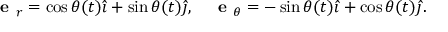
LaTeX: { \textbf { e } } _ { r } = \cos \theta ( t ) { \hat { \imath } } + \sin \theta ( t ) { \hat { \jmath } } , \quad { \textbf { e } } _ { \theta } = - \sin \theta ( t ) { \hat { \imath } } + \cos \theta ( t ) { \hat { \jmath } } .